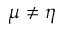
\mu \ne \eta